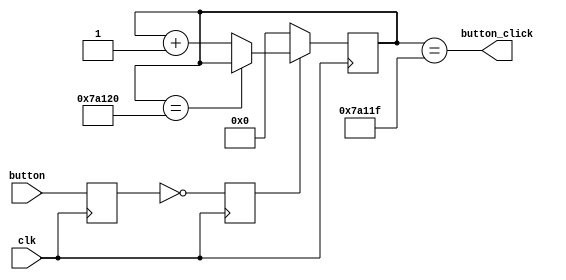
module debounce (input clk,
    input button,
    output button_click
);

    reg [31:0] button_count;
    reg button_reg;
    reg button_sync;

    parameter DEBOUNCE_DELAY = 32'd0_500_000;   /// 10nS * 1M = 10mS

    always @(posedge clk)
        button_reg <= button;

    always @(posedge clk)
        button_sync <= !button_reg;

    assign button_done  = (button_count == DEBOUNCE_DELAY); 
    assign button_click = (button_count == DEBOUNCE_DELAY - 1);

    always @(posedge clk)
        if (!button_sync)   button_count <= 0;
        else if (button_done) button_count <= button_count;
        else    button_count <= button_count + 1;

endmodule